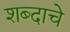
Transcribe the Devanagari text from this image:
शब्‍दाचे